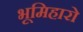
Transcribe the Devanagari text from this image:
भूमिहारो